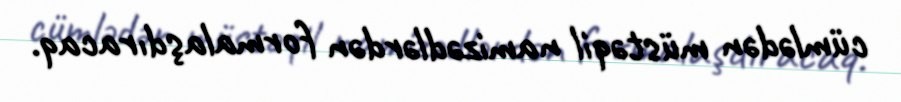
cümlədən müstəqil namizədlərdən formalaşdıracaq.